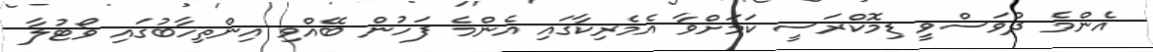
އެންމެ ދުވަސްވީ ޑިމޮކްރަސީ ކަމަށްވާ އެމެރިކާގައި އެންމެ ފަހުން ބޭއްވި އިންތިހާބުގައި ވޯޓުލާ